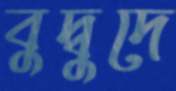
বুদ্বুদে